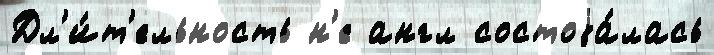
Дл'и́т'ельность н'е англ состоjа́лась